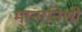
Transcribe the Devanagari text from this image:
मानानिशी